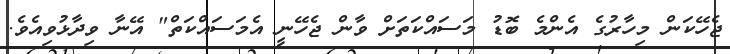
ޖެހޭކަން މިހާރުގެ އެންމެ ބޮޑު މަސައްކަތަށް ވާން ޖެހޭނީ އެމަސައްކަތް" އޭނާ ވިދާޅުވިއެވެ.